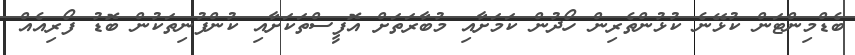
ބެޑްމިންޓަން ކުޅޭނެ ކުޅުންތެރިން ހޯދުން ކަމަށާއި މުބާރަތަށް އޮފީސްތަކަށާއި ކުންފުނިތަކުން ބޮޑު ފޯރިއެއް